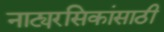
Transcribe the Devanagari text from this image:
नाट्यरसिकांसाठी